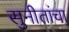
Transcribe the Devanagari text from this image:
सुनीतांचा